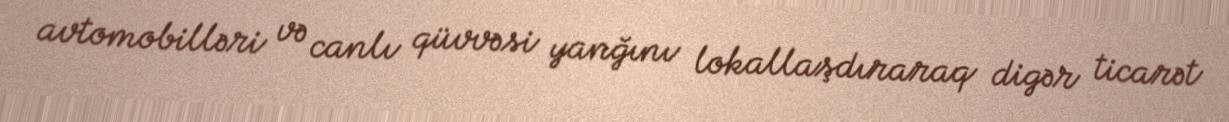
avtomobilləri və canlı qüvvəsi yanğını lokallaşdıraraq digər ticarət